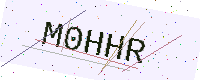
Text: M0HHR